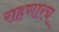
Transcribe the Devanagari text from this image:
राहणारच